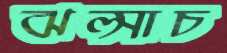
ঝল্‌সাচ